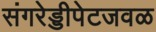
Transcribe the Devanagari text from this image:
संगरेड्डीपेटजवळ